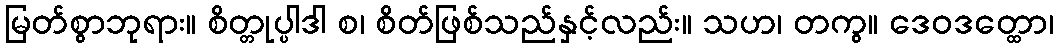
မြတ်စွာဘုရား။ စိတ္တုပ္ပါဒါ စ၊ စိတ်ဖြစ်သည်နှင့်လည်း။ သဟ၊ တကွ။ ဒေဝဒတ္ထော၊